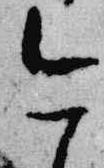
今